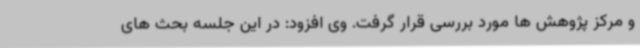
و مرکز پژوهش ها مورد بررسی قرار گرفت. وی افزود: در این جلسه بحث های